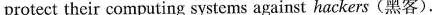
protect their computing systems against hackers (黑客).